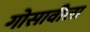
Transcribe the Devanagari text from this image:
गोसावीला